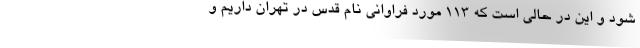
شود و این در حالی است که 113 مورد فراوانی نام قدس در تهران داریم و